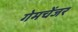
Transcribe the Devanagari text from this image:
गेमचेंजर